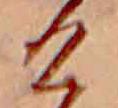
け